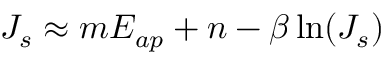
J _ { s } \approx m E _ { a p } + n - \beta \ln ( J _ { s } )